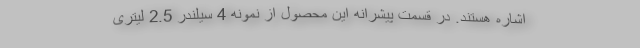
اشاره هستند. در قسمت پیشرانه این محصول از نمونه 4 سیلندر 2.5 لیتری